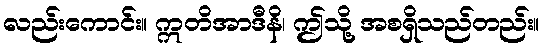
လည်းကောင်း။ ဣတိအာဒီနိ၊ ဤသို့ အစရှိသည်တည်း။